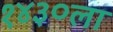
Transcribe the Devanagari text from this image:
१४३०ला